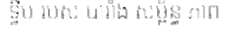
ទ្វីប របស់ បារាំង សម្ព័ន្ធ ភាព